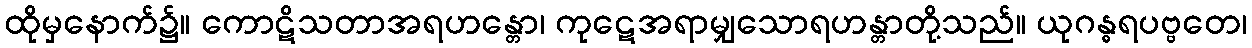
ထိုမှနောက်၌။ ကောဋိသတာအရဟန္တော၊ ကုဋေအရာမျှသောရဟန္တာတို့သည်။ ယုဂန္ဓရပဗ္ဗတေ၊